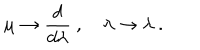
LaTeX: \mu \to \frac { d } { d \lambda } ~ , \quad \lambda \to \lambda ~ .